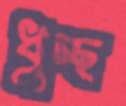
ধুচ্ছ